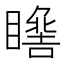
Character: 𱳏